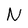
Character: N